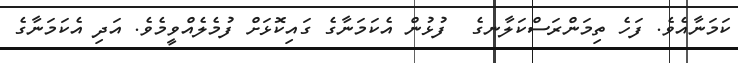
ކަމަނާއެވެ. ފަހެ ތިމަންރަސްކަލާނގެ  ފުޅުން އެކަމަނާގެ ގައިކޮޅަށް ފުމެލެއްވީމެވެ. އަދި އެކަމަނާގެ